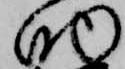
助